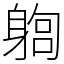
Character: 𨉫